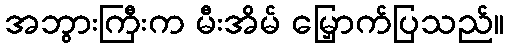
အဘွားကြီးက မီးအိမ် မြှောက်ပြသည်။